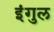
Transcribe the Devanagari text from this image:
इंगुल